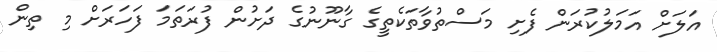
އަލަށް އަމަލުކުރަން ފެށި މަސްތުވާތަކެތީގެ ގާނޫނުގެ ދަށުން ފުރަތަމަ ފަހަރަށް މި ތިން